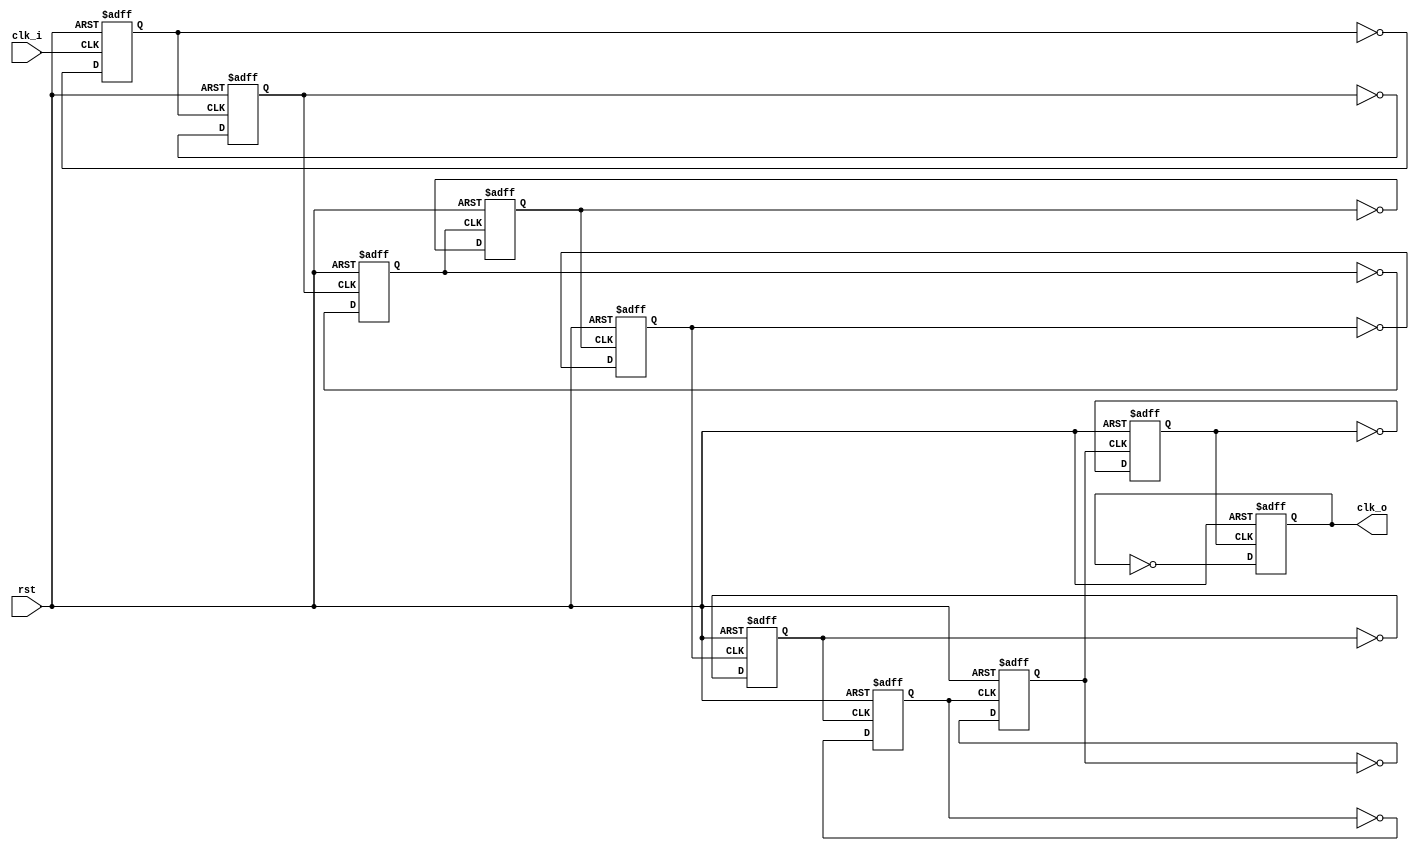
module clkGen97k656hz(
  input clk_i,
  input rst,
  output reg clk_o);
  reg [8:0] clk_a;

  //50MHz
  always@(posedge clk_i or posedge rst) begin
    if(rst) begin
      clk_a[0] <= 1'b0;
    end  else begin
      clk_a[0] <= ~clk_a[0];
    end
  end
  //25MHz
  always@(posedge clk_a[0] or posedge rst) begin
    if(rst) begin
      clk_a[1] <= 1'b0;
    end  else begin
      clk_a[1] <= ~clk_a[1];
    end
  end
  //12.5MHz
  always@(posedge clk_a[1] or posedge rst) begin
    if(rst) begin
      clk_a[2] <= 1'b0;
    end  else begin
      clk_a[2] <= ~clk_a[2];
    end
  end
  //6.25MHz
  always@(posedge clk_a[2] or posedge rst) begin
    if(rst) begin
      clk_a[3] <= 1'b0;
    end  else begin
      clk_a[3] <= ~clk_a[3];
    end
  end
  //3.125MHz
  always@(posedge clk_a[3] or posedge rst) begin
    if(rst) begin
      clk_a[4] <= 1'b0;
    end  else begin
      clk_a[4] <= ~clk_a[4];
    end
  end
  //1.5625MHz
  always@(posedge clk_a[4] or posedge rst) begin
    if(rst) begin
      clk_a[5] <= 1'b0;
    end  else begin
      clk_a[5] <= ~clk_a[5];
    end
  end
  //781.25kHz
  always@(posedge clk_a[5] or posedge rst) begin
    if(rst) begin
      clk_a[6] <= 1'b0;
    end  else begin
      clk_a[6] <= ~clk_a[6];
    end
  end
  //390.625kHz
  always@(posedge clk_a[6] or posedge rst) begin
    if(rst) begin
      clk_a[7] <= 1'b0;
    end  else begin
      clk_a[7] <= ~clk_a[7];
    end
  end
  //195.312kHz
  always@(posedge clk_a[7] or posedge rst) begin
    if(rst) begin
      clk_a[8] <= 1'b0;
    end  else begin
      clk_a[8] <= ~clk_a[8];
    end
  end
  //97.656kHz
  always@(posedge clk_a[8] or posedge rst) begin
    if(rst) begin
      clk_o <= 1'b0;
    end  else begin
      clk_o <= ~clk_o;
    end
  end
endmodule